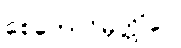
စေတောဝိမုတ္တိံပေ